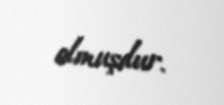
olmuşdur.